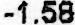
-1.58